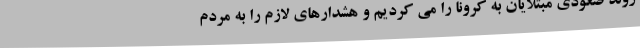
روند صعودی مبتلایان به کرونا را می کردیم و هشدارهای لازم را به مردم